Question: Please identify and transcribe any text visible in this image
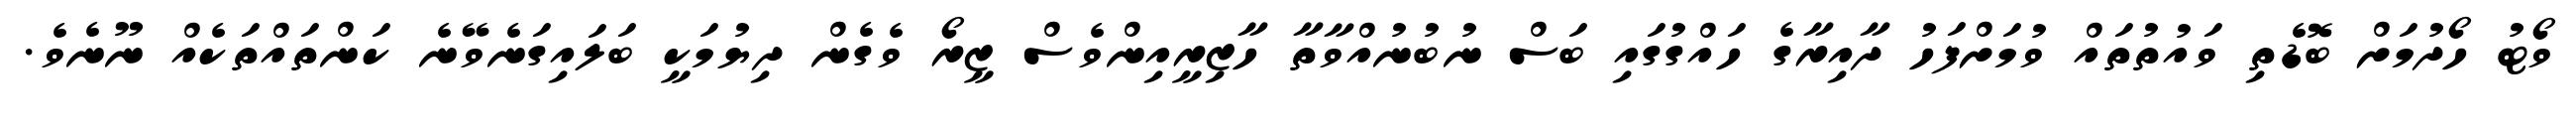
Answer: ވޯޓު ހޯދުމަށް ބޮޑެތި ވައުތުތައް ވުމަށްފަހު ދާއިރާގެ ހައްގުގައި ބަސް ނުބުނުއްވާތާ ހާޒިރީއިންވެސް ޒީރޯ ވެގެން ދިޔުމަކީ ބަލައިގަނެވޭނެ ކަންތައްތަކެއް ނޫނެވެ.